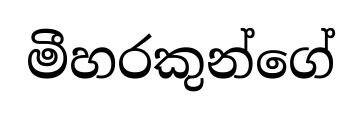
මීහරකුන්ගේ